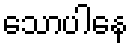
သောပါနေ